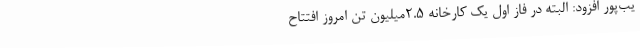
یب‌پور افزود: البته در فاز اول یک کارخانه 2.5میلیون تن امروز افتتاح